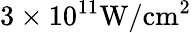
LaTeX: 3\times 10^{11}\mathrm{{W/cm^{2}}}